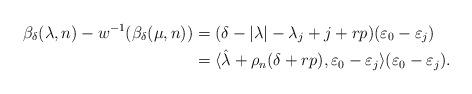
LaTeX: \begin{align*}\beta_\delta(\lambda,n)-w^{-1}(\beta_\delta(\mu,n))&=(\delta-|\lambda|-\lambda_j+j+rp)(\varepsilon_0-\varepsilon_j)\\&=\langle\hat\lambda+\rho_n(\delta+rp),\varepsilon_0-\varepsilon_j\rangle(\varepsilon_0-\varepsilon_j).\end{align*}